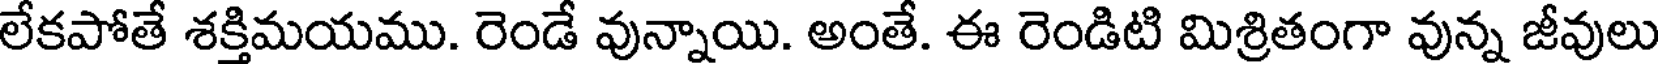
లేకపోతే శక్తిమయము. రెండే వున్నాయి. అంతే. ఈ రెండిటి మిశ్రితంగా వున్న జీవులు